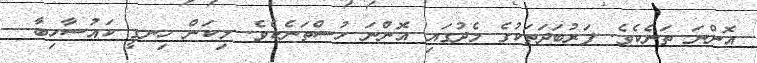
އޮންނަ ތަނެކެވެ. ފަރުބަދަތަކުގެ މެދުގައި އޮންނަ ހުސްތަނެކެވެ. މިކަން ހިނގީ ކައުސާހިބާ